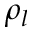
\rho _ { l }